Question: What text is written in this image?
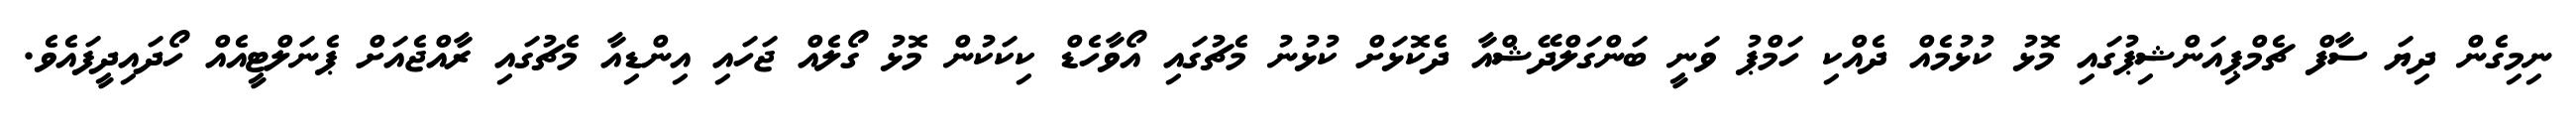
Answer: ނިމިގެން ދިޔަ ސާފް ޗެމްޕިއަންޝިޕުގައި މޮޅު ކުޅުމެއް ދެއްކި ހަމްޕު ވަނީ ބަންގަލްދޭޝްއާ ދެކޮޅަށް ކުޅުނު މެޗުގައި އޯވާހެޑް ކިކަކުން މޮޅު ގޯލެއް ޖަހައި އިންޑިއާ މެޗުގައި ރާއްޖެއަށް ޕެނަލްޓީއެއް ހޯދައިދީފައެވެ.